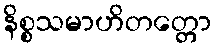
နိစ္စသမာဟိတတ္တော